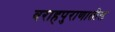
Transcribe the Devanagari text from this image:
वराहपुराणातील